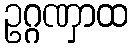
ဥဂ္ဂဏှာထ